Calcutta medical institutions reports 1879-81 [i.e.91]
Year: 1879
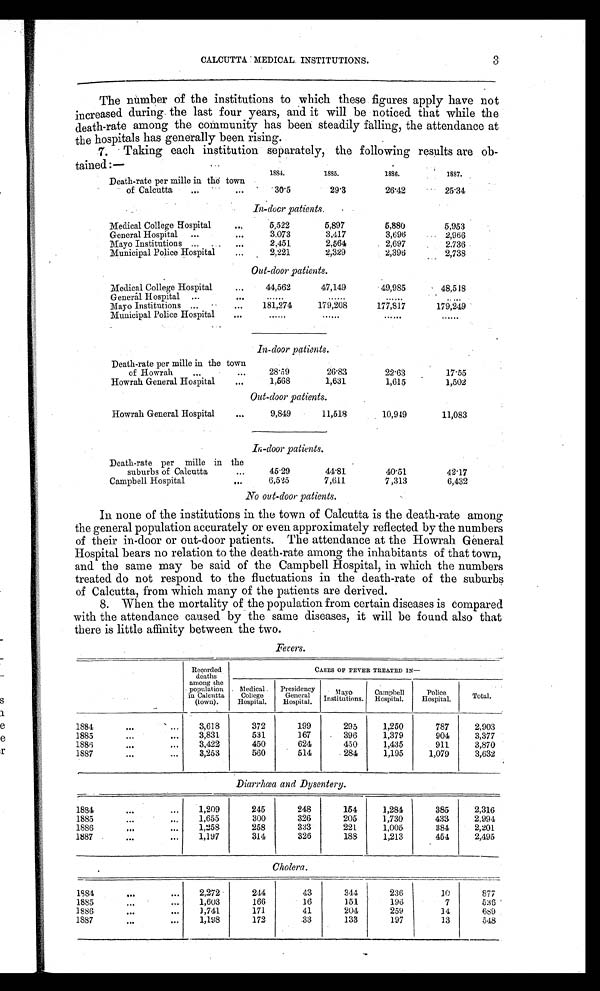
CALCUTTA MEDICAL INSTITUTIONS.
3
The number of the institutions to which these figures apply have not
increased during the last four years, and it will be noticed that while the
death-rate among the community has been steadily falling, the attendance at
the hospitals has generally been rising.
7. Taking each institution separately, the following results are ob
-tained:—
1884.
1 8 8 5 .
1886.
1887.
Death-rate per mille in the town
of Calcutta
...
...
30.5
29.3
26.42
25.34
In-door patients.
Medical College Hospital
...
5,522
5,897
5,880
5,953
General Hospital ...
...
3,073
3,417
3,696
2,966
Mayo Institutions ... ...
...
2,451
2,564
2,697
2,736
Municipal Police Hospital
...
2,221
2,329
2,396
2,738
Out-door patients.
Medical College Hospital
...
44,562
47,149
49,985
48,518
General Hospital ...
... ......
......
......
. . . . . .
Mayo Institutions ...
...
181,274
179,208
177,81
179,249
Municipal Police Hospital
... ......
......
......
......
In-door patients.
Death-rate per mille in the town
of Howrah
...
...
28.69
26.83
22.63
17.55
Howrah General Hospital
...
1,568
1,631
1,615
1,502
Out-door patients.
Howrah General Hospital
...
9,849
11,518
10,949
11,083
In-door patients.
Death-rate per mille in the
suburbs of Calcutta
...
45.29
44.81
40.51
42.17
Campbell Hospital
...
6,525
7,611
7,313
6,432
No out-door patients.
In none of the institutions in the town of Calcutta is the death-rate among
the general population accurately or even approximately reflected by the numbers
of their in-door or out-door patients. The attendance at the Howrah General
Hospital bears no relation to the death-rate among the inhabitants of that town,
and the same may be said of the Campbell Hospital, in which the numbers
treated do not respond to the fluctuations in the death-rate of the suburbs
of Calcutta, from which many of the patients are derived.
8. When the mortality of the population from certain diseases is compared
with the attendance caused by the same diseases, it will be found also that
there is little affinity between the two.
Fevers.
Recorded
deaths
among the
population
in Calcutta
(town).
CASES OP FEVER TREATED IN
—
Medical.
College
Hospital.
Presidency
General
Hospital.
Mayo
Institutions.
Campbell
Hospital.
Police
Hospital.
Total.
1884
...
...
3,618
372
199
295
1,250
787
2,903
1885
...
...
3,831
531
167
396
1,379
904
3,377
1886
...
,..
3,422
450
624
450
1,435
911
3,870
1887
...
...
3,253
560
514
284
1,195
1,079
3,632
Diarrhœa and Dysentery.
1884
...
...
1,209
245
248
154
1,284
385
2,316
1885
...
...
1,655
300
326
205
1,730
433
2,994
1886
...
...
1,258
258
333
221
1,005
384
2,201
1887
...
...
1,197
314
326
188
1,213
454
2,495
Cholera.
1884
...
...
2,272
244
43
344
236
10
877
1885
...
...
1,603
166
16
151
196
7
536
1886
...
...
1,741
171
41
204
259
14
689
1887
...
...
1,198
172
33
133
197
13
548